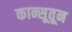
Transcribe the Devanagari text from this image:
कान्सूतून